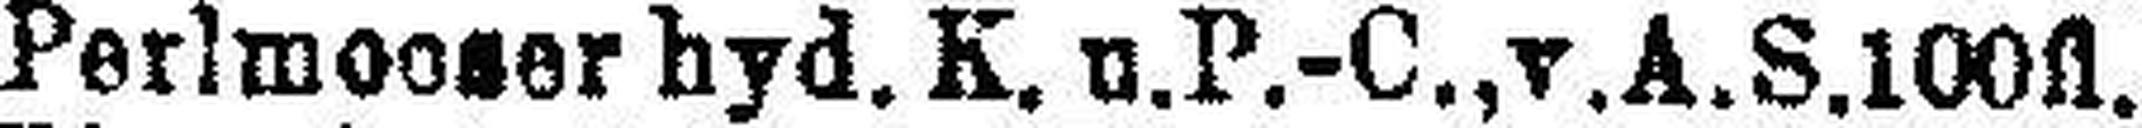
Perlmooser hyd. K. u. P.-C., v.A.S. 100fl.